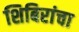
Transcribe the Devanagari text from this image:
शिबिरांचा